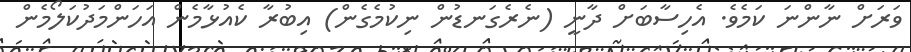
ވަރަށް ނާންނަ ކަމެވެ. އެހިސާބަށް ދާނީ (ނެރެގަނޑުން ނިކުމެގެން) އިބުރާ ކެއުޅާމެން އަހަންމަދުކަލޯމެން